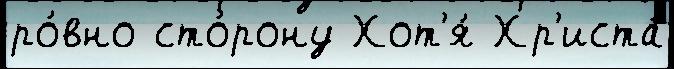
ро́вно сто́рону Хот'я́ Хр'иста́